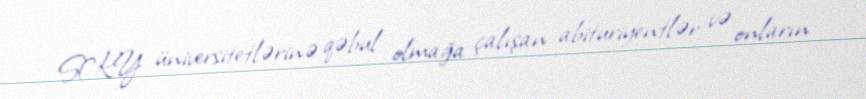
SKY üniversitetlərinə qəbul olmağa çalışan abituriyentlər və onların